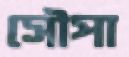
সৌপা